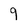
Character: 9